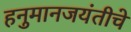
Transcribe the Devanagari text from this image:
हनुमानजयंतीचे